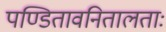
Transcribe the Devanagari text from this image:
पण्डितावनितालताः